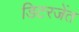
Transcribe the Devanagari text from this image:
डिटरजेंत